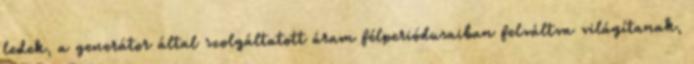
ledek, a generátor által szolgáltatott áram félperiódusaiban felváltva világítanak,